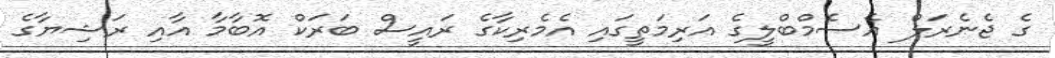
ގެ ޖެނެރަލް އެސެމްބްލީގެ އަރިމަތީގައި އެމެރިކާގެ ރައީސް ބަރަކް އޮބާމާ އާއި ރަޝިޔާގެ